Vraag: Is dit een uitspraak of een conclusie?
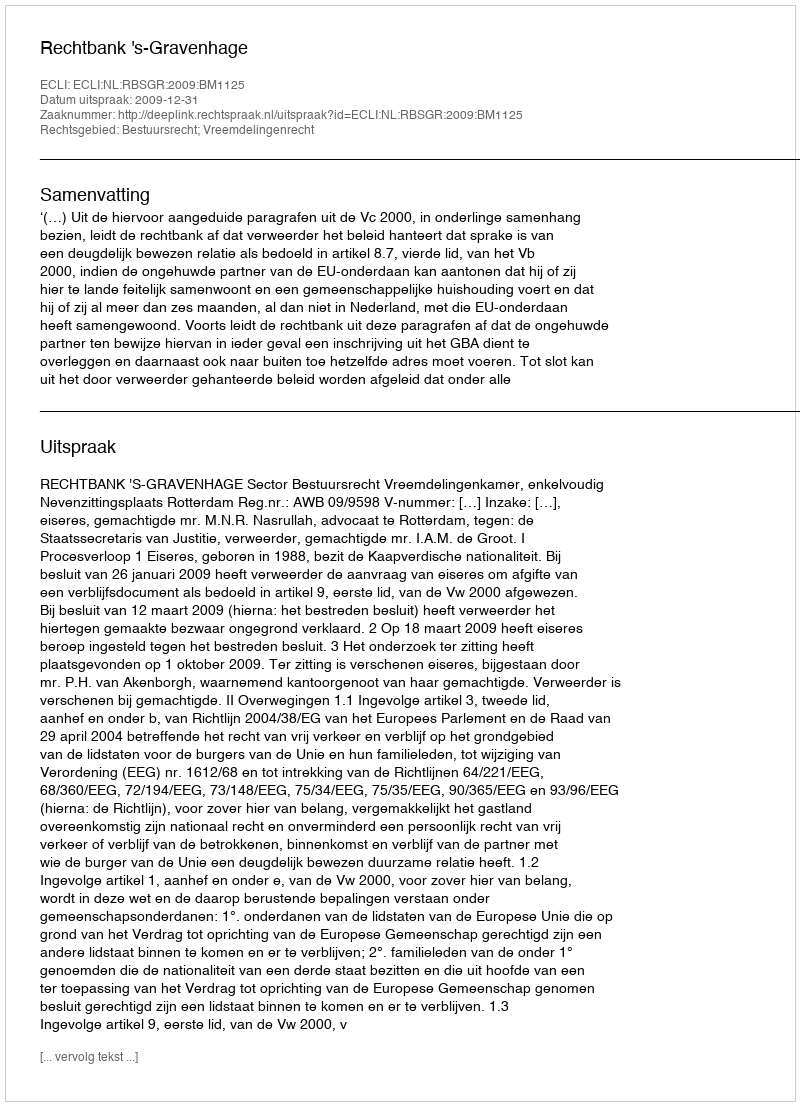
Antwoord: Uitspraak